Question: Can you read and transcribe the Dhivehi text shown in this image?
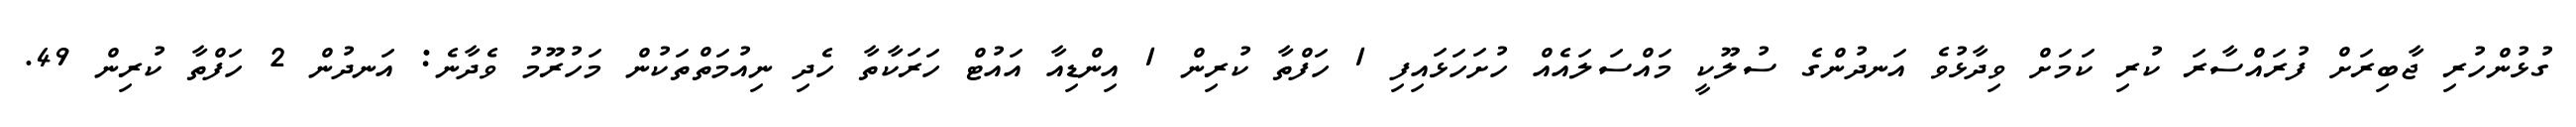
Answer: ގުޅުންހުރި ޖާބިރަށް ފުރައްސާރަ ކުރި ކަމަށް ވިދާޅުވެ އަނދުންގެ ސުލޫކީ މައްސަލައެއް ހުށަހަޅައިފި 1 ހަފްތާ ކުރިން 1 އިންޑިއާ އައުޓް ހަރަކާތާ ހެދި ނިއުމަތްތަކުން މަހުރޫމު ވެދާނެ: އަނދުން 2 ހަފްތާ ކުރިން 49.